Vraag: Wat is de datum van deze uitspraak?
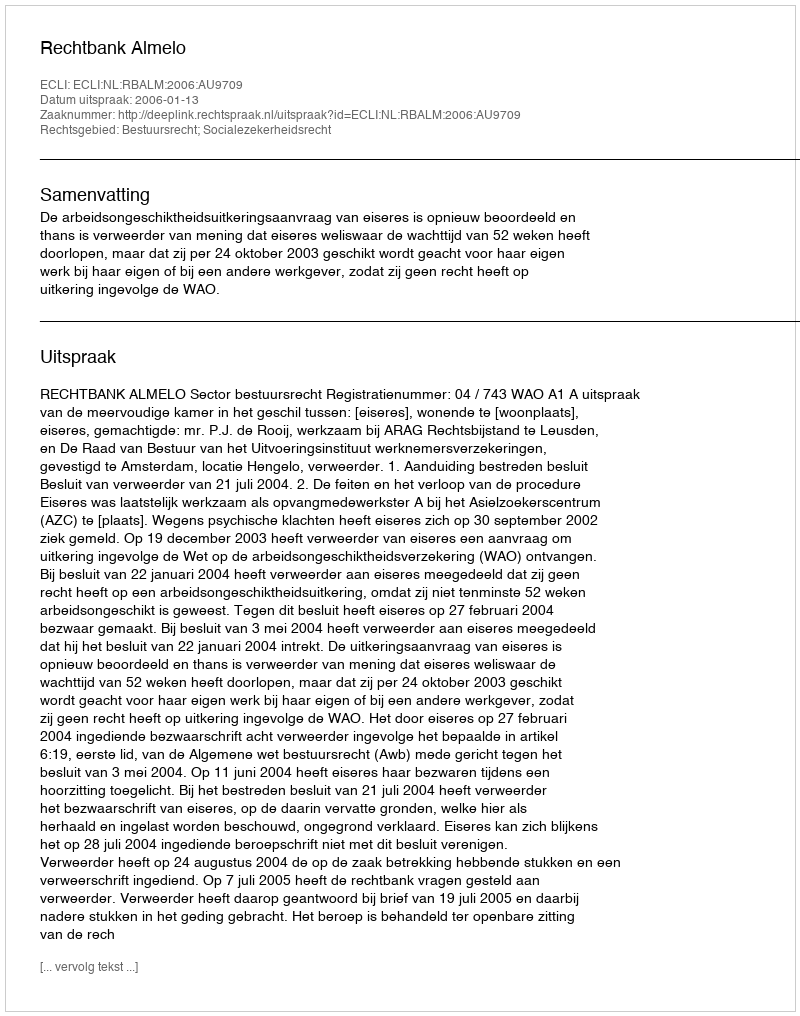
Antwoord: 2006-01-13